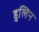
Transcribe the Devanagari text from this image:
हुलिन